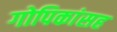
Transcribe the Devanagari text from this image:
गोपिकांसह